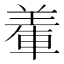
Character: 𨌅